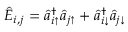
\hat { E } _ { i , j } = \hat { a } _ { i \uparrow } ^ { \dagger } \hat { a } _ { j \uparrow } + \hat { a } _ { i \downarrow } ^ { \dagger } \hat { a } _ { j \downarrow }